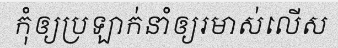
កុំឲ្យប្រឡាក់នាំឲ្យរមាស់លើស